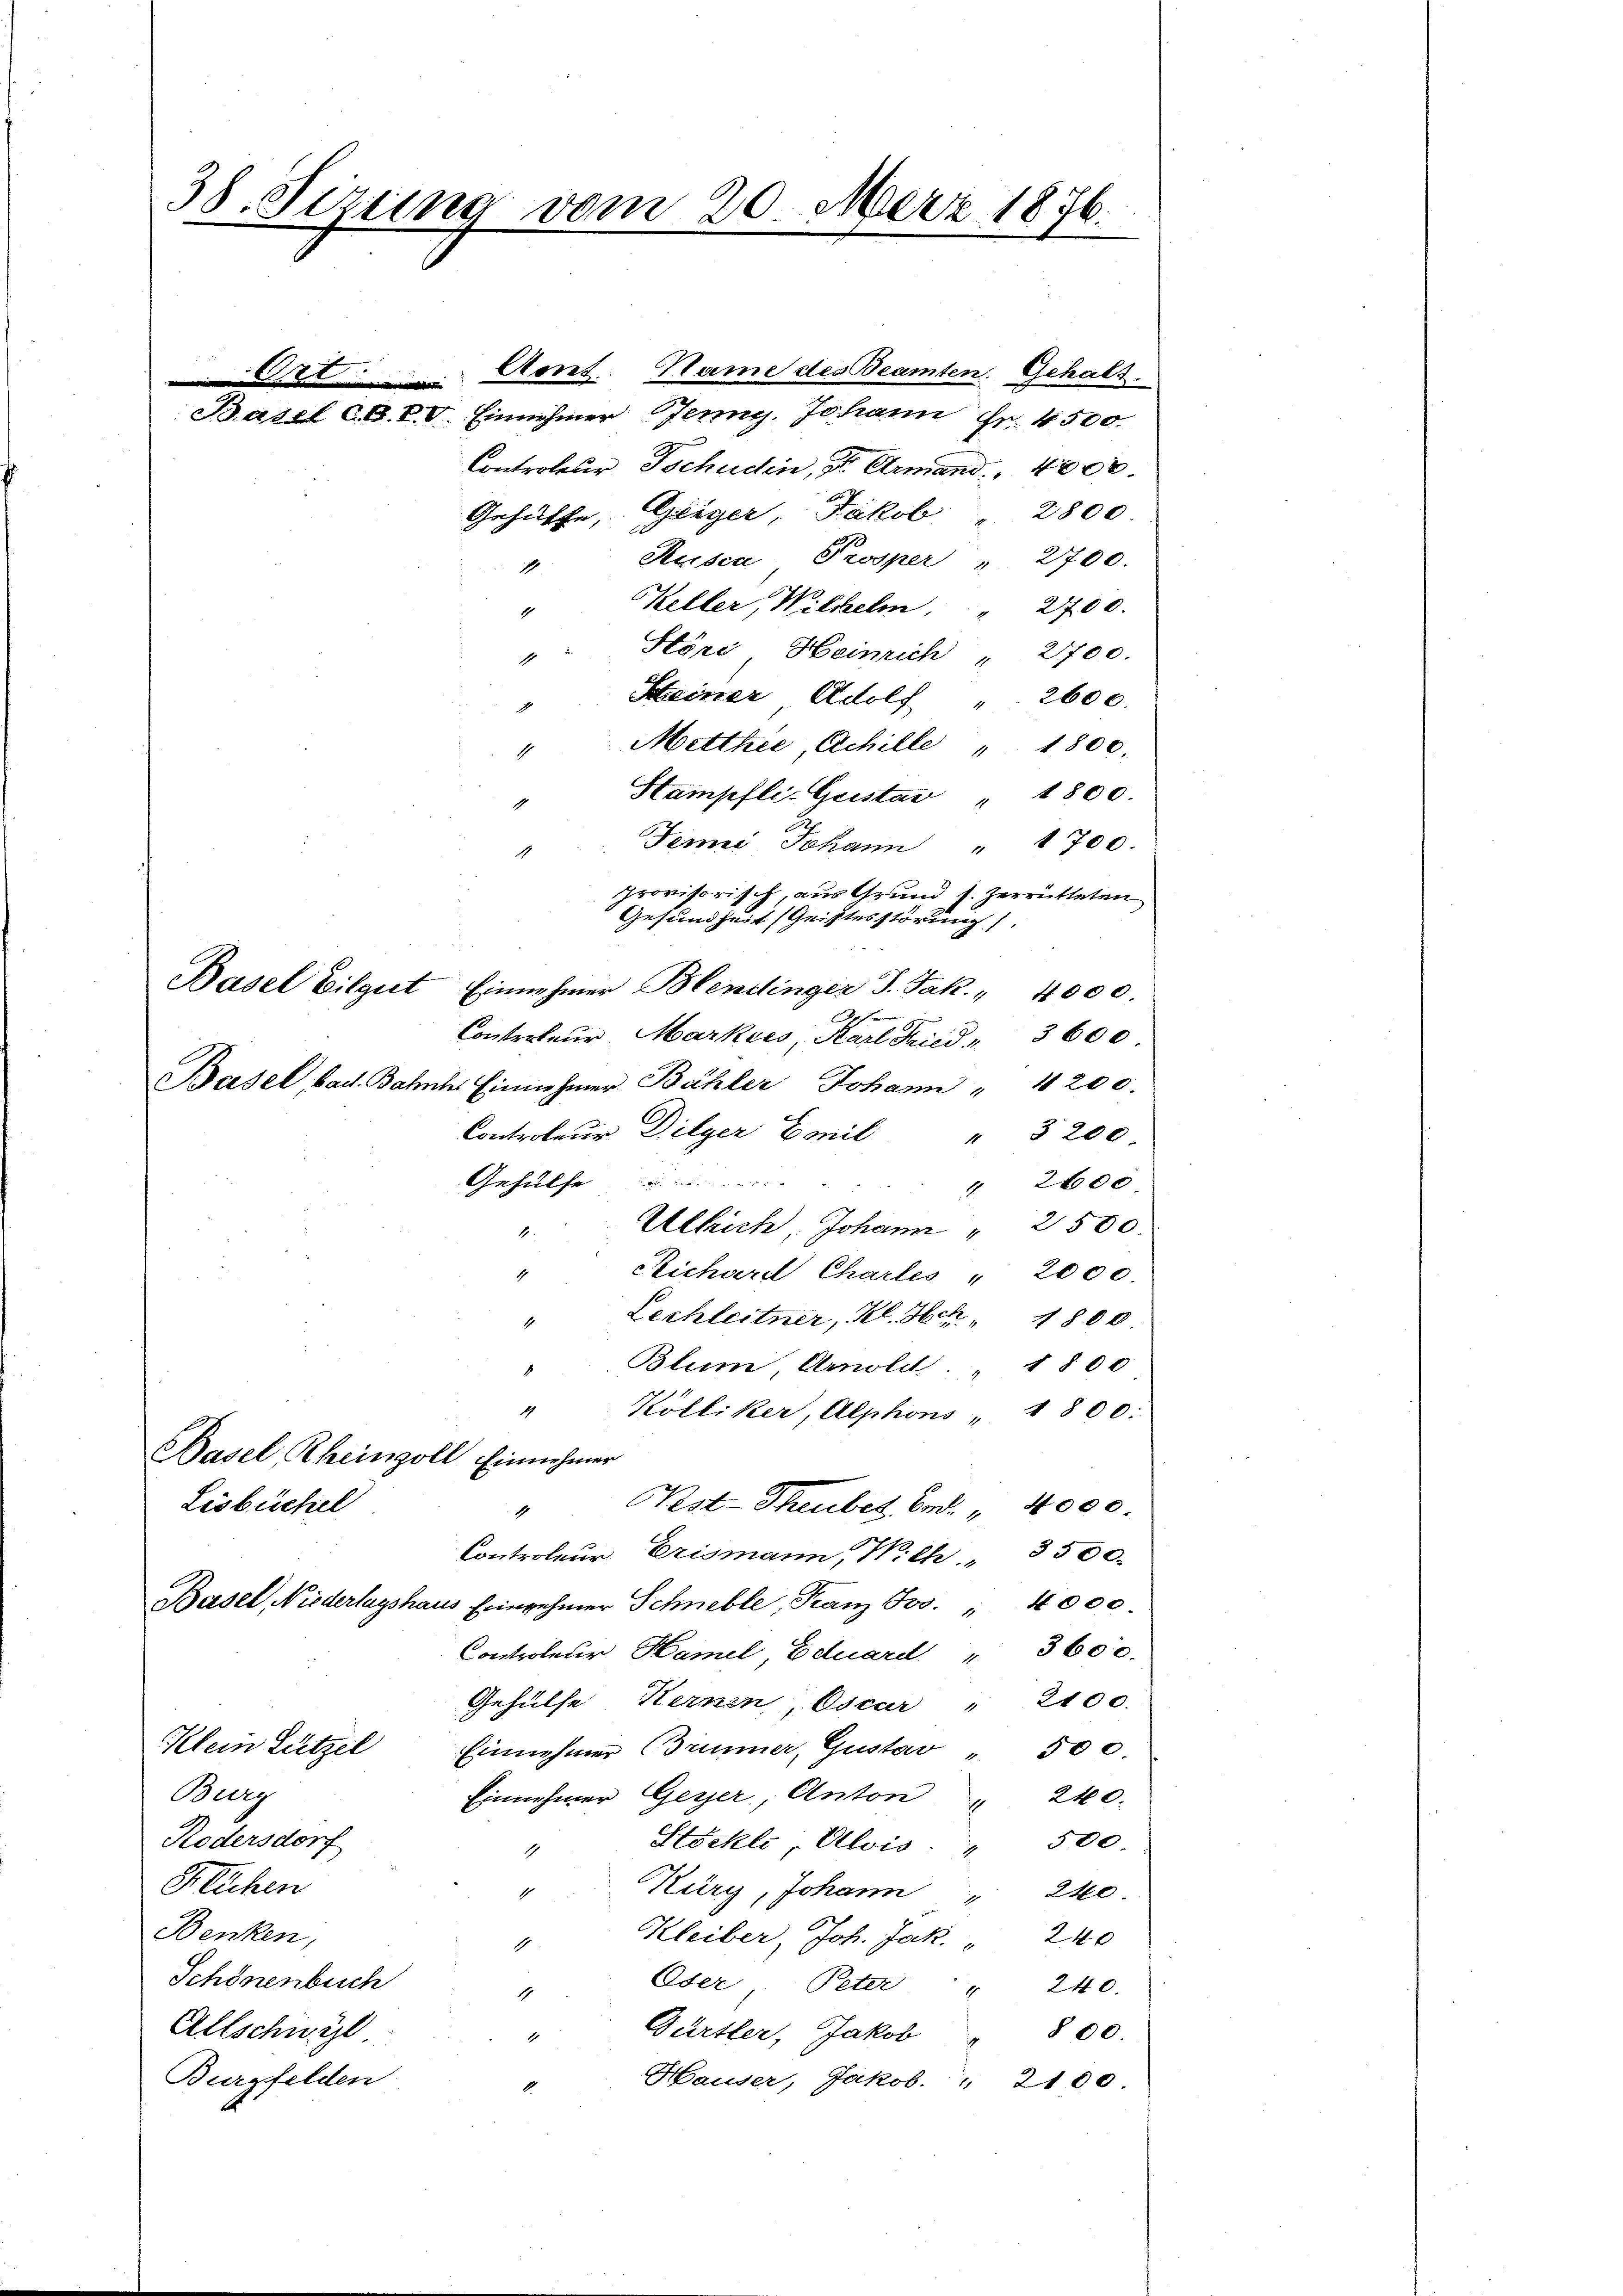
38. Sezung vom 20. März 1876.

Acret. Name des Beamten Gehalt.
Basel CO. CV. Einnehmer Jenny. Johann Fr. 4500.
Controleur Tschaden, St. Armand., 4000.
Gehülfe, Geiger Jakob
Rusca Prosper " 2700.
1
Keller, Wilhelm " 2700.
1
Störg Heinrich " 21700.
1
Scheiner Adolf " 2600.
Metther, Achille " 1800.
1
Stampfli-Geister " 1800.
Jene Johann " 1700.
1
Gesundheit (Geistesstörung).
Basel Eilgut Einnehmer Blendinger J. Jak. " 4000.

Contrateur Markies, Karl Fried " 3600
Basel bad. Bahnte Einnehmer Bähler Johann 4200.
Controleur Dilger Gonil " 3200
Gehülfe zu eine
Ullrich, Johann " 2500.
1
Stichard Charles " 2000.
1
Lechleitner, Kl. Hch. " 1800.
Blum, Arnold " 1800
14
Kölliker, Alphons " 4800:
Basel, Rheinzoll Einnehmer
Lisbüchel
Kst-Theubet Bad. " 4000.
1
Controleur Erismann, Wich 3500.
Basel, Niederlagshaus Erinnehmer Schnelle, Franz Jos. 4000.
Controleur Hamel, Eduard " 3600.
Gehülfe Kernen, Oscur " 2100.
Klein Lützel
Einnahmen Bummer, Gustav " 500.
Burg
Einnehmer Gesser, Anton " 240.
Rödersdorf
500.
Stöckli Alois: "
1
Flüchen
Kury, Johann " 240.
1
Benken,
Kleiber, Joh. Jak. " 240
Schönenbuch
Oder Peter " 240.
Allschwyzl
Gürtler, Jakob " 800.
Burgfelden
Hauser, Jakob. " 2100

2800
provisorisch, aus Grund s. Zerrütteten

2600